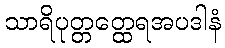
သာရိပုတ္တတ္ထေရအပဒါနံ